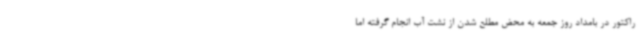
راکتور در بامداد روز جمعه به محض مطلع شدن از نشت آب انجام گرفته اما